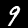
Label: 9